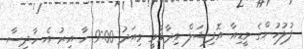
ފުލުހުންގެ މީޑިއާ އޮފިޝަލް ވިދާޅުވީ މިއަދު 9:00 ހާ އިރު އެ ހާދިސާ